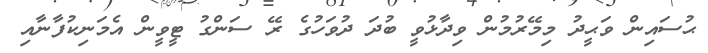
ޙުސައިން ވަޙީދު މިމޭރުމުން ވިދާޅުވީ ބުދަ ދުވަހުގެ ރޭ ސަންގު ޓީވީން އެމަނިކުފާނާއި